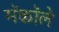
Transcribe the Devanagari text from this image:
मॅकॉले